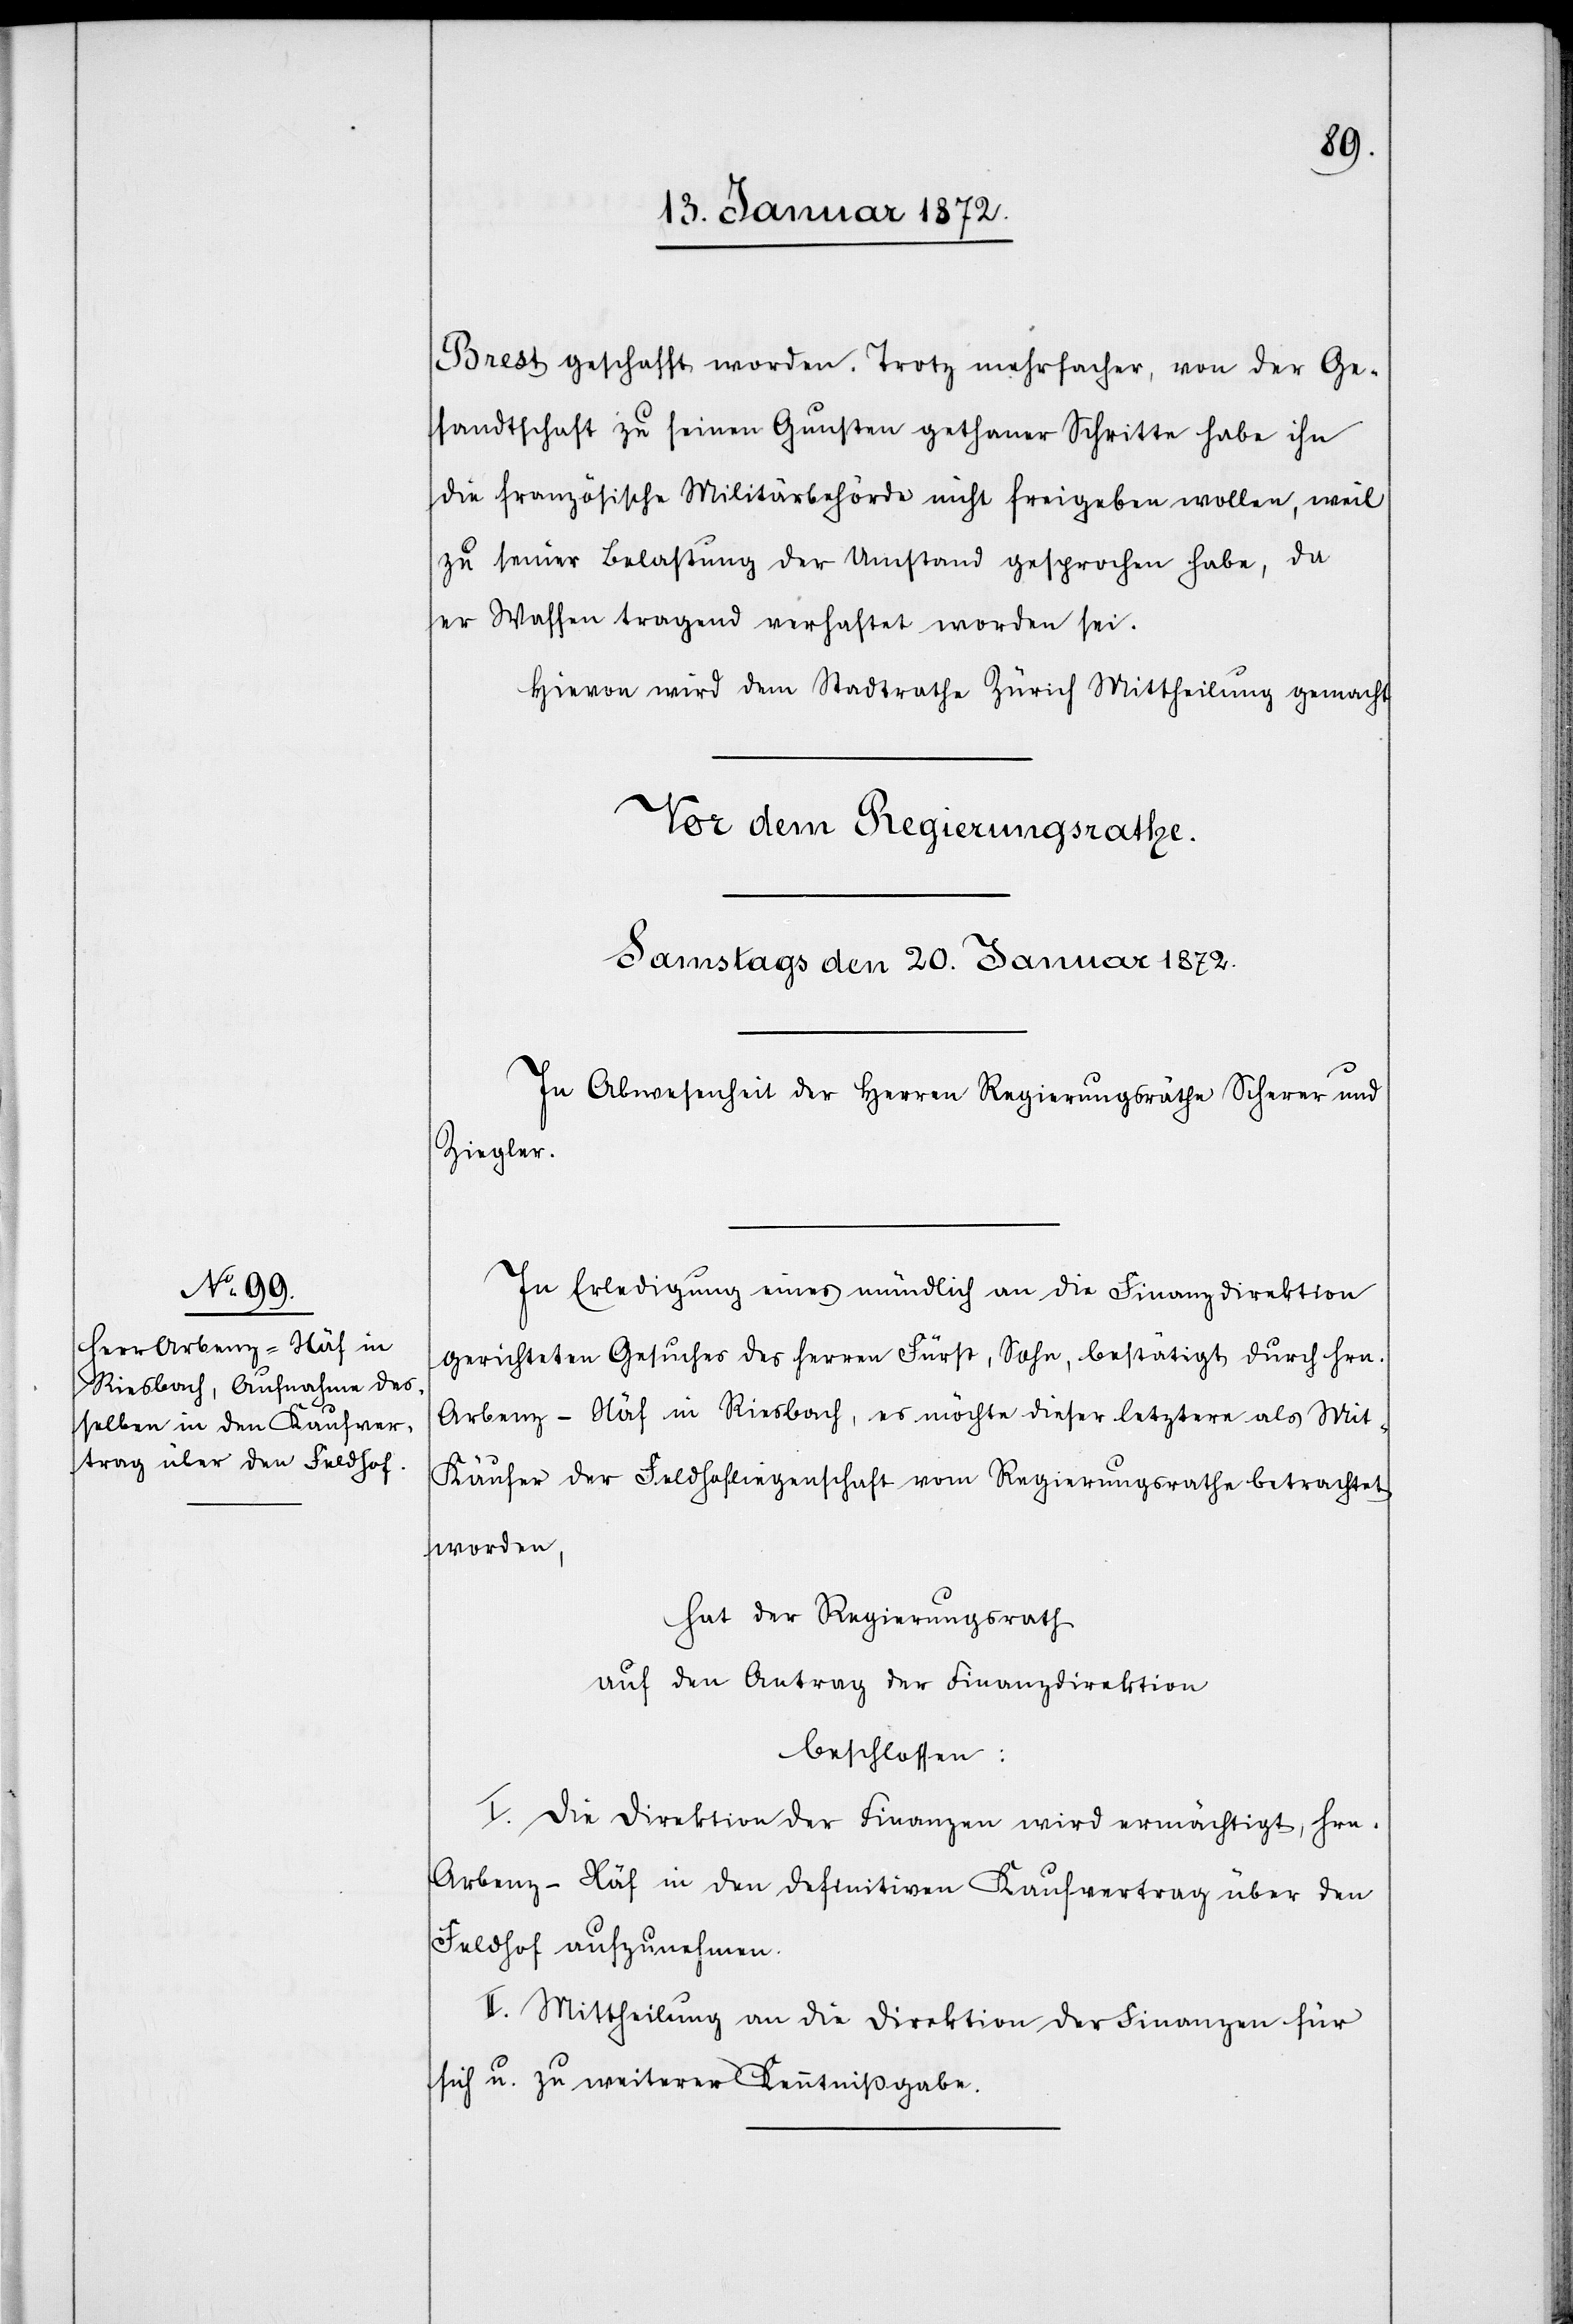
Brest geschafft worden. Trotz mehrfacher, von der Ge¬
sandtschaft zu seinen Gunsten gethaner Schritte habe ihn
die französische Militärbehörde nicht freigeben wollen, weil
zu seiner Belastung der Umstand gesprochen habe, da
er Waffen tragend verhaftet worden sei.
Hievon wird dem Stadtrathe Zürich Mittheilung gemacht.
In Erledigung eines mündlich an die Finanzdirektion
gerichteten Gesuches des Herren Fürst, Sohn, bestätigt durch Hrn.
Arbenz-Näf in Riesbach, es möchte dieser letztere als Mit¬
käufer der Feldhofliegenschaft vom Regierungsrathe betrachtet
worden,
hat der Regierungsrath
auf den Antrag der Finanzdirektion
beschlossen:
I. Die Direktion der Finanzen wird ermächtigt, Hrn.
Arbenz-Näf in den definitiven Kaufvertrag über den
Feldhof aufzunehmen.
II. Mittheilung an die Direktion der Finanzen für
sich u. zu weiterer Kenntnißgabe.